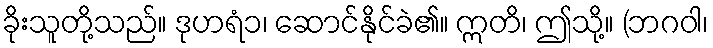
ခိုးသူတို့သည်။ ဒုဟရံ၁၊ ဆောင်နိုင်ခဲ၏။ ဣတိ၊ ဤသို့။ (ဘဂဝါ၊